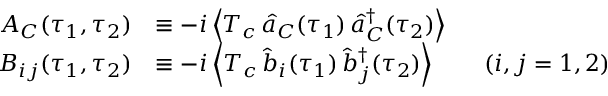
\begin{array} { r l } { A _ { C } ( \tau _ { 1 } , \tau _ { 2 } ) } & { \equiv - i \left\langle T _ { c } \, \hat { a } _ { C } ( \tau _ { 1 } ) \, \hat { a } _ { C } ^ { \dagger } ( \tau _ { 2 } ) \right\rangle } \\ { B _ { i j } ( \tau _ { 1 } , \tau _ { 2 } ) } & { \equiv - i \left\langle T _ { c } \, \hat { b } _ { i } ( \tau _ { 1 } ) \, \hat { b } _ { j } ^ { \dagger } ( \tau _ { 2 } ) \right\rangle \qquad ( i , j = 1 , 2 ) } \end{array}